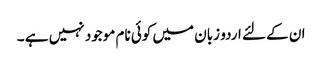
ان کے لئے اردو زبان میں کوئی نام موجود نہیں ہے ۔